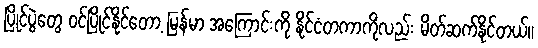
ပြိုင်ပွဲတွေ ဝင်ပြိုင်နိုင်တော့ မြန်မာ အကြောင်းကို နိုင်ငံတကာကိုလည်း မိတ်ဆက်နိုင်တယ်။